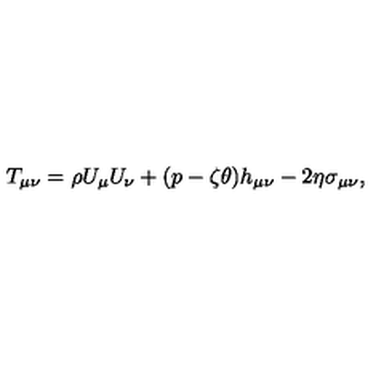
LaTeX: T _ { \mu \nu } = \rho U _ { \mu } U _ { \nu } + ( p - \zeta \theta ) h _ { \mu \nu } - 2 \eta \sigma _ { \mu \nu } ,